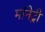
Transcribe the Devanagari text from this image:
मॉनेट्री